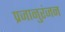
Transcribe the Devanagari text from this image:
प्रजानुरंजन